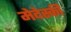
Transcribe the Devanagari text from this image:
मेदेस्की